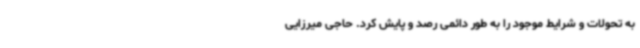
به تحولات و شرایط موجود را به طور دائمی رصد و پایش کرد. حاجی میرزایی